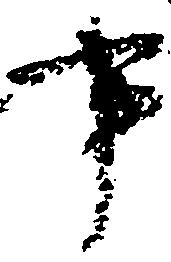
事